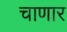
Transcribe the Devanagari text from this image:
चाणार